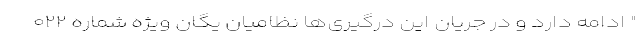
" ادامه دارد و در جریان این درگیری‌ها نظامیان یگان ویژه شماره ۰۲۲